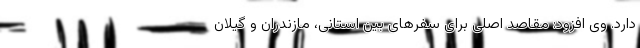
دارد. وی افزود: مقاصد اصلی برای سفرهای بین استانی، مازندران و گیلان